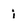
Character: i